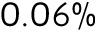
0 . 0 6 \%